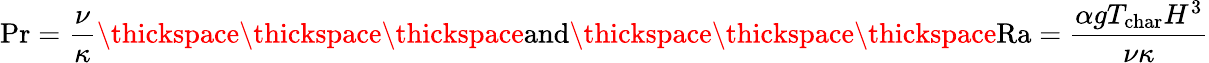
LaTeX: \mathrm{Pr}=\frac{\nu}{\kappa}\thickspace\thickspace\thickspace\textrm{and}\thickspace\thickspace\thickspace\mathrm{Ra}=\frac{\alpha gT_{\textrm{char}}H^{3}}{\nu\kappa}